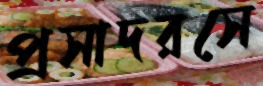
প্রসাদরসে